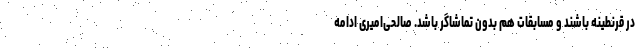
در قرنطینه باشند و مسابقات هم بدون تماشاگر باشد. صالحی‌امیری ادامه